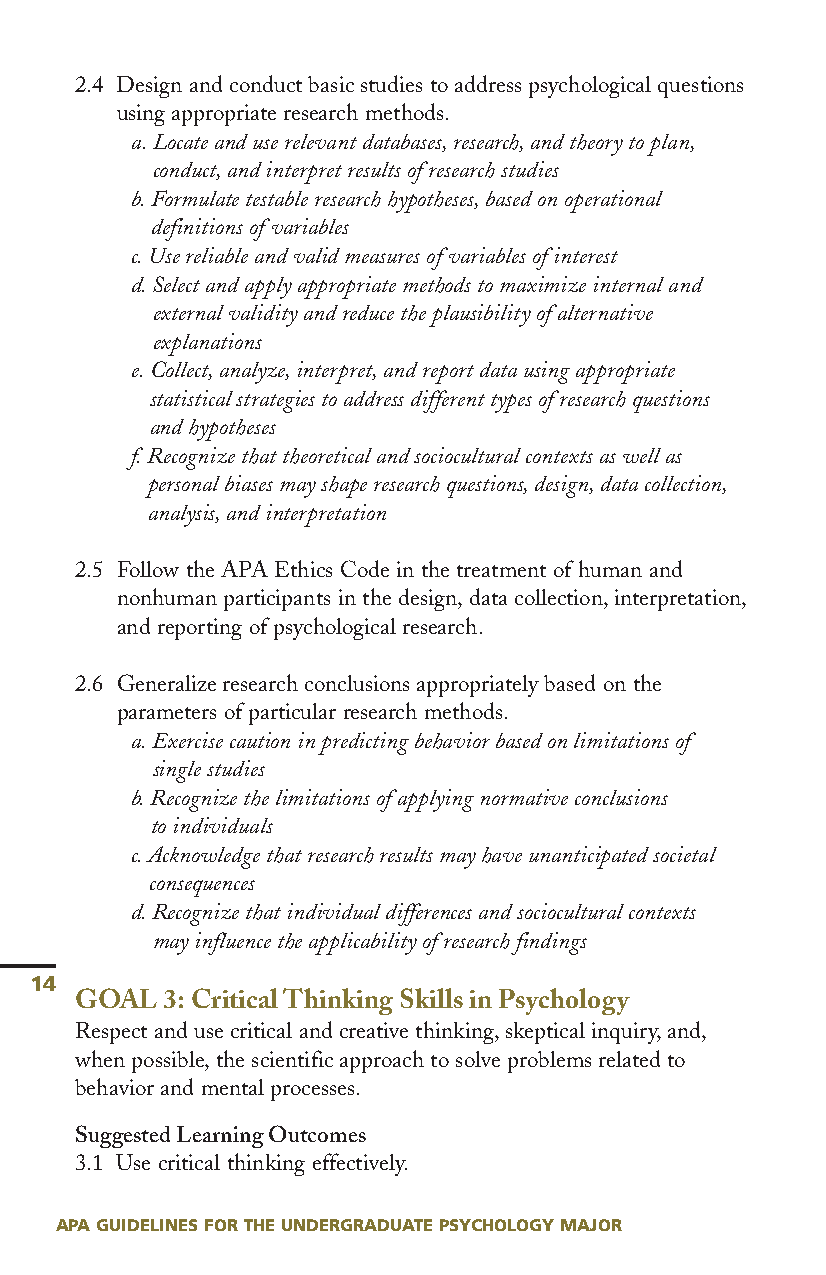
2.4 Design and conduct basic studies to address psychological questions
 using appropriate research methods.
 a.Locate and use relevant databases,research,and theory to plan,
 conduct,and interpret results ofresearch studies
 b.Formulate testable research hypotheses,based on operational
 definitions ofvariables
 c.Use reliable and valid measures ofvariables ofinterest
 d.Select and apply appropriate methods to maximize internal and
 external validity and reduce the plausibility ofalternative
 explanations
 e.Collect,analyze,interpret,and report data using appropriate
 statistical strategies to address different types ofresearch questions
 and hypotheses
 f.Recognize that theoretical and sociocultural contexts as well as
 personal biases may shape research questions,design,data collection,
 analysis,and interpretation
 2.5 Follow the APA Ethics Code in the treatment of human and
 nonhuman participants in the design,data collection,interpretation,
 and reporting of psychological research.
 2.6 Generalize research conclusions appropriately based on the
 parameters of particular research methods.
 a.Exercise caution in predicting behavior based on limitations of
 single studies
 b.Recognize the limitations ofapplying normative conclusions
 to individuals
 c.Acknowledge that research results may have unanticipated societal
 consequences
 d.Recognize that individual differences and sociocultural contexts
 may influence the applicability ofresearch findings
 14
 GOAL  3:Critical Thinking Skills in Psychology
 Respect and use critical and creative thinking,skeptical inquiry,and,
 when possible,the scientific approach to solve problems related to
 behavior and mental processes.
 Suggested Learning Outcomes
 3.1 Use critical thinking effectively.
 APA GUIDELINES FOR THE UNDERGRADUATE PSYCHOLOGY MAJOR